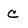
Character: c